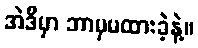
အဲဒီမှာ ဘာမှမထားခဲ့နဲ့။